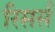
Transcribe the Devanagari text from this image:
रिसर्स